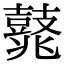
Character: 𪔛